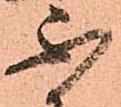
不